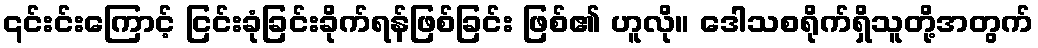
၎င်းင်းကြောင့် ငြင်းခုံခြင်းခိုက်ရန်ဖြစ်ခြင်း ဖြစ်၏ ဟူလို။ ဒေါသစရိုက်ရှိသူတို့အတွက်